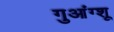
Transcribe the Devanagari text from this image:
गुआंग्शू